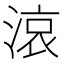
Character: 𪶦